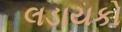
લડાયકો